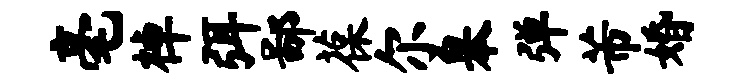
毫棹弭鄙葆尔皋弹芾婚